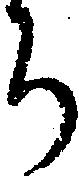
ち